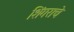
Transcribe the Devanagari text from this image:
शिंगराचे